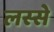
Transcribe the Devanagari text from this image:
लस्से